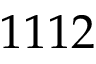
1 1 1 2